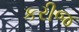
કરીજ